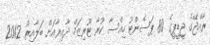
ރާއްޖޭގެ ޖީޑީޕީގެ 80 ޕަސެންޓު ހިއްސާ ކުރާ ޓޫރިޒަމް ދާއިރާއަށް ބަލާއިރު 2012